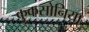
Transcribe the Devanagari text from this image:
कुकसोनिया